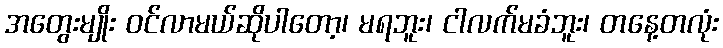
အတွေးမျိုး ဝင်လာမယ်ဆိုပါတော့၊ မရဘူး၊ ငါလက်မခံဘူး၊ တနေ့တလုံး